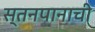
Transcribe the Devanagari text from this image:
स्तनपानाची